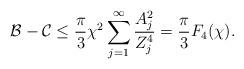
LaTeX: \begin{align*}\mathcal{B}-\mathcal{C} \leq \frac{\pi}{3} \chi^2\sum_{j=1}^\infty \frac{A_j^2}{Z_j^4} = \frac{\pi}{3}F_4(\chi).\end{align*}